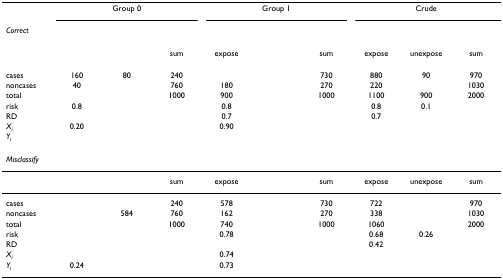
<table><thead><tr><td>[EMPTY_CELL]</td><td colspan="3"><b>Group 0</b></td><td colspan="3"><b>Group 1</b></td><td colspan="3"><b>Crude</b></td></tr><tr><td><b><i>Correct</i></b></td><td>[EMPTY_CELL]</td><td>[EMPTY_CELL]</td><td>[EMPTY_CELL]</td><td>[EMPTY_CELL]</td><td>[EMPTY_CELL]</td><td>[EMPTY_CELL]</td><td>[EMPTY_CELL]</td><td>[EMPTY_CELL]</td><td>[EMPTY_CELL]</td></tr></thead><tbody><tr><td>[EMPTY_CELL]</td><td>[EMPTY_CELL]</td><td>[EMPTY_CELL]</td><td>sum</td><td>expose</td><td>[EMPTY_CELL]</td><td>sum</td><td>expose</td><td>unexpose</td><td>sum</td></tr><tr><td>cases</td><td>160</td><td>80</td><td>240</td><td>[EMPTY_CELL]</td><td>[EMPTY_CELL]</td><td>730</td><td>880</td><td>90</td><td>970</td></tr><tr><td>noncases</td><td>40</td><td>[EMPTY_CELL]</td><td>760</td><td>180</td><td>[EMPTY_CELL]</td><td>270</td><td>220</td><td>[EMPTY_CELL]</td><td>1030</td></tr><tr><td>total</td><td>[EMPTY_CELL]</td><td>[EMPTY_CELL]</td><td>1000</td><td>900</td><td>[EMPTY_CELL]</td><td>1000</td><td>1100</td><td>900</td><td>2000</td></tr><tr><td>risk</td><td>0.8</td><td>[EMPTY_CELL]</td><td>[EMPTY_CELL]</td><td>0.8</td><td>[EMPTY_CELL]</td><td>[EMPTY_CELL]</td><td>0.8</td><td>0.1</td><td>[EMPTY_CELL]</td></tr><tr><td>RD</td><td>[EMPTY_CELL]</td><td>[EMPTY_CELL]</td><td>[EMPTY_CELL]</td><td>0.7</td><td>[EMPTY_CELL]</td><td>[EMPTY_CELL]</td><td>0.7</td><td>[EMPTY_CELL]</td><td>[EMPTY_CELL]</td></tr><tr><td><i>X</i><sub><i>i</i></sub></td><td>0.20</td><td>[EMPTY_CELL]</td><td>[EMPTY_CELL]</td><td>0.90</td><td>[EMPTY_CELL]</td><td>[EMPTY_CELL]</td><td>[EMPTY_CELL]</td><td>[EMPTY_CELL]</td><td>[EMPTY_CELL]</td></tr><tr><td><i>Y</i><sub><i>i</i></sub></td><td>[EMPTY_CELL]</td><td>[EMPTY_CELL]</td><td>[EMPTY_CELL]</td><td>[EMPTY_CELL]</td><td>[EMPTY_CELL]</td><td>[EMPTY_CELL]</td><td>[EMPTY_CELL]</td><td>[EMPTY_CELL]</td><td>[EMPTY_CELL]</td></tr><tr><td><i>Misclassify</i></td><td>[EMPTY_CELL]</td><td>[EMPTY_CELL]</td><td>[EMPTY_CELL]</td><td>[EMPTY_CELL]</td><td>[EMPTY_CELL]</td><td>[EMPTY_CELL]</td><td>[EMPTY_CELL]</td><td>[EMPTY_CELL]</td><td>[EMPTY_CELL]</td></tr><tr><td>[EMPTY_CELL]</td><td>[EMPTY_CELL]</td><td>[EMPTY_CELL]</td><td>sum</td><td>expose</td><td>[EMPTY_CELL]</td><td>sum</td><td>expose</td><td>unexpose</td><td>sum</td></tr><tr><td>cases</td><td>[EMPTY_CELL]</td><td>[EMPTY_CELL]</td><td>240</td><td>578</td><td>[EMPTY_CELL]</td><td>730</td><td>722</td><td>[EMPTY_CELL]</td><td>970</td></tr><tr><td>noncases</td><td>[EMPTY_CELL]</td><td>584</td><td>760</td><td>162</td><td>[EMPTY_CELL]</td><td>270</td><td>338</td><td>[EMPTY_CELL]</td><td>1030</td></tr><tr><td>total</td><td>[EMPTY_CELL]</td><td>[EMPTY_CELL]</td><td>1000</td><td>740</td><td>[EMPTY_CELL]</td><td>1000</td><td>1060</td><td>[EMPTY_CELL]</td><td>2000</td></tr><tr><td>risk</td><td>[EMPTY_CELL]</td><td>[EMPTY_CELL]</td><td>[EMPTY_CELL]</td><td>0.78</td><td>[EMPTY_CELL]</td><td>[EMPTY_CELL]</td><td>0.68</td><td>0.26</td><td>[EMPTY_CELL]</td></tr><tr><td>RD</td><td>[EMPTY_CELL]</td><td>[EMPTY_CELL]</td><td>[EMPTY_CELL]</td><td>[EMPTY_CELL]</td><td>[EMPTY_CELL]</td><td>[EMPTY_CELL]</td><td>0.42</td><td>[EMPTY_CELL]</td><td>[EMPTY_CELL]</td></tr><tr><td><i>X</i><sub><i>i</i></sub></td><td>[EMPTY_CELL]</td><td>[EMPTY_CELL]</td><td>[EMPTY_CELL]</td><td>0.74</td><td>[EMPTY_CELL]</td><td>[EMPTY_CELL]</td><td>[EMPTY_CELL]</td><td>[EMPTY_CELL]</td><td>[EMPTY_CELL]</td></tr><tr><td><i>Y</i><sub><i>i</i></sub></td><td>0.24</td><td>[EMPTY_CELL]</td><td>[EMPTY_CELL]</td><td>0.73</td><td>[EMPTY_CELL]</td><td>[EMPTY_CELL]</td><td>[EMPTY_CELL]</td><td>[EMPTY_CELL]</td><td>[EMPTY_CELL]</td></tr></tbody></table>